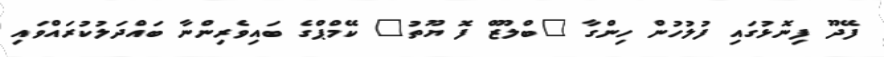
ފޭދޫ ފިނޮޅުގައި ފުލުހުން ހިންގާ "ބްލޫޒް ފޮ ޔޫތު" ކޭމްޕްގެ ބައިވެރިންނާ ބައްދަލުކުރައްވައި